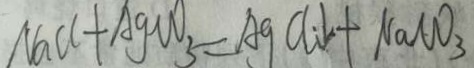
N a C l + A g C O _ { 3 } = A g C l \downarrow + N a C O _ { 3 }